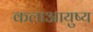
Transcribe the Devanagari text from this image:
कलाआयुष्य